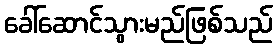
ခေါ်ဆောင်သွားမည်ဖြစ်သည်